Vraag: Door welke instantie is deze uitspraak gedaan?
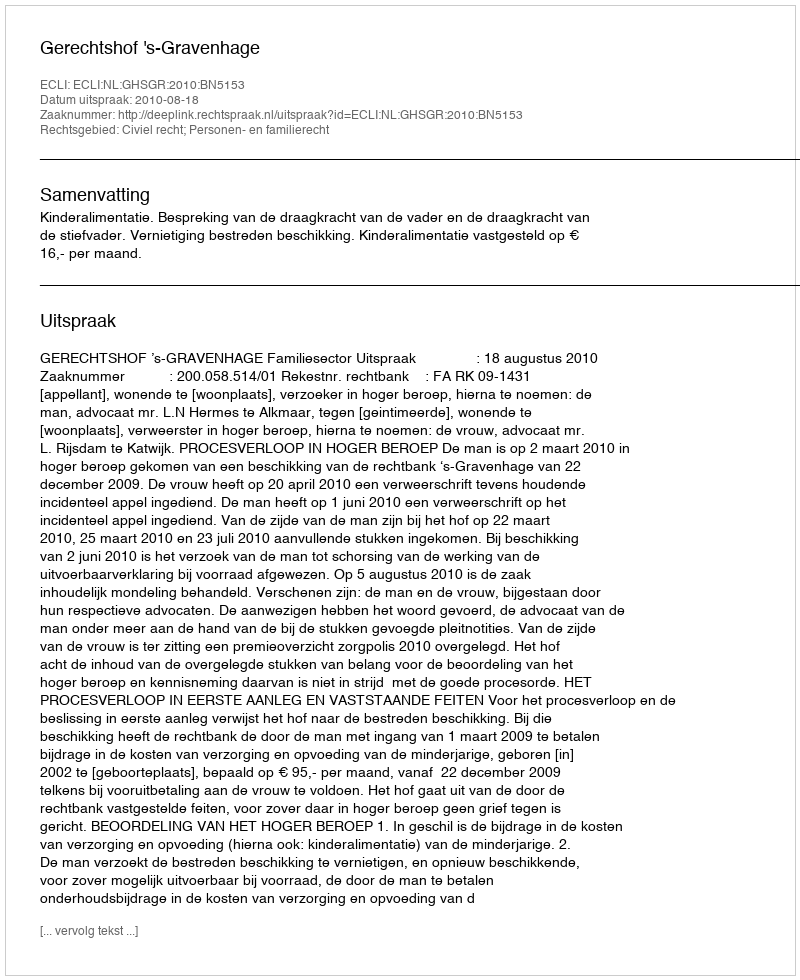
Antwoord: Gerechtshof 's-Gravenhage